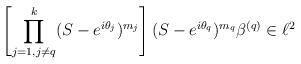
LaTeX: \begin{align*} \left[\prod_{j=1,j \ne q}^{k}(S-e^{i\theta_j})^{m_j}\right](S-e^{i\theta_q})^{m_q}\beta^{(q)} \in \ell^2\end{align*}